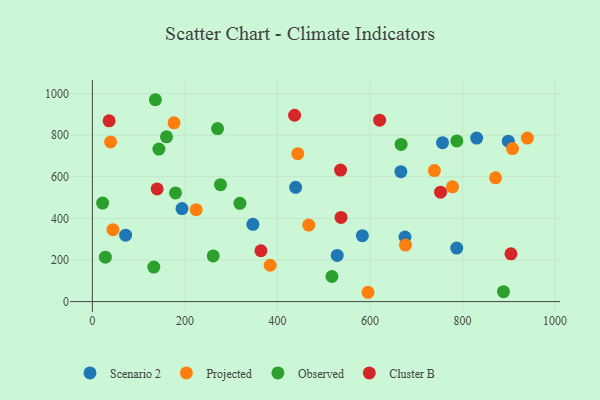
{"axis": {"x": "Engine Size", "y": "Exam Score"}, "legend": ["Cluster B", "Observed", "Projected", "Scenario 2"], "data": [{"x": "830.5", "y": 785.7, "type": "Scenario 2"}, {"x": "439.3", "y": 549.0, "type": "Scenario 2"}, {"x": "756.7", "y": 763.8, "type": "Scenario 2"}, {"x": "583.5", "y": 316.9, "type": "Scenario 2"}, {"x": "675.6", "y": 310.1, "type": "Scenario 2"}, {"x": "193.7", "y": 446.9, "type": "Scenario 2"}, {"x": "71.9", "y": 319.0, "type": "Scenario 2"}, {"x": "787.4", "y": 257.3, "type": "Scenario 2"}, {"x": "898.9", "y": 770.9, "type": "Scenario 2"}, {"x": "346.9", "y": 371.5, "type": "Scenario 2"}, {"x": "666.7", "y": 624.2, "type": "Scenario 2"}, {"x": "529.2", "y": 222.0, "type": "Scenario 2"}, {"x": "384.2", "y": 174.8, "type": "Projected"}, {"x": "39.4", "y": 767.5, "type": "Projected"}, {"x": "778.3", "y": 551.6, "type": "Projected"}, {"x": "871.3", "y": 594.9, "type": "Projected"}, {"x": "44.5", "y": 345.5, "type": "Projected"}, {"x": "176.5", "y": 859.0, "type": "Projected"}, {"x": "739.2", "y": 629.7, "type": "Projected"}, {"x": "444.0", "y": 711.0, "type": "Projected"}, {"x": "676.6", "y": 271.6, "type": "Projected"}, {"x": "467.7", "y": 367.6, "type": "Projected"}, {"x": "940.1", "y": 785.7, "type": "Projected"}, {"x": "224.3", "y": 441.9, "type": "Projected"}, {"x": "908.0", "y": 735.4, "type": "Projected"}, {"x": "595.7", "y": 44.8, "type": "Projected"}, {"x": "136.2", "y": 970.2, "type": "Observed"}, {"x": "143.8", "y": 732.9, "type": "Observed"}, {"x": "22.2", "y": 473.5, "type": "Observed"}, {"x": "318.9", "y": 472.3, "type": "Observed"}, {"x": "270.6", "y": 831.7, "type": "Observed"}, {"x": "517.7", "y": 120.6, "type": "Observed"}, {"x": "276.9", "y": 561.7, "type": "Observed"}, {"x": "132.8", "y": 165.8, "type": "Observed"}, {"x": "667.2", "y": 755.2, "type": "Observed"}, {"x": "787.7", "y": 772.3, "type": "Observed"}, {"x": "160.2", "y": 791.7, "type": "Observed"}, {"x": "261.2", "y": 219.4, "type": "Observed"}, {"x": "179.7", "y": 522.5, "type": "Observed"}, {"x": "28.1", "y": 213.4, "type": "Observed"}, {"x": "888.5", "y": 47.5, "type": "Observed"}, {"x": "140.0", "y": 541.7, "type": "Cluster B"}, {"x": "437.0", "y": 895.7, "type": "Cluster B"}, {"x": "536.4", "y": 631.9, "type": "Cluster B"}, {"x": "752.5", "y": 525.8, "type": "Cluster B"}, {"x": "364.3", "y": 244.3, "type": "Cluster B"}, {"x": "904.7", "y": 229.4, "type": "Cluster B"}, {"x": "537.4", "y": 404.6, "type": "Cluster B"}, {"x": "620.8", "y": 872.0, "type": "Cluster B"}, {"x": "36.2", "y": 868.7, "type": "Cluster B"}]}